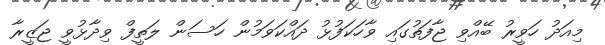
މިއަދު ހަވީރު ބޭއްވި ޖާފަތުގައި ވާހަކަފުޅު ދައްކަވަމުން ހަސަން ލަތީފް ވިދާޅުވީ ޖަޒީރާ